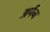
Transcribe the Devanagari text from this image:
अर्पन